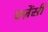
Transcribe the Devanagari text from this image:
एज़ेंसी